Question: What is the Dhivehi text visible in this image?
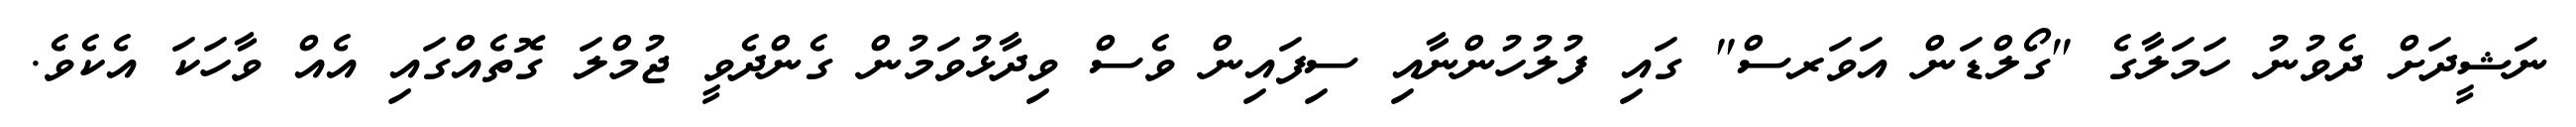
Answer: ނަޝީދަށް ދެވުނު ހަމަލާގެ "ގޯލްޑަން އަވަރސް" ގައި ފުލުހުންނާއި ސިފައިން ވެސް ވިދާޅުވަމުން ގެންދެވީ ޖުމްލަ ގޮތެއްގައި އެއް ވާހަކަ އެކެވެ.